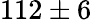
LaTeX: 112\pm 6